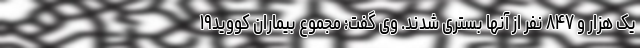
یک هزار و ۸۴۷ نفر از آنها بستری شدند. وی گفت: مجموع بیماران کووید۱۹